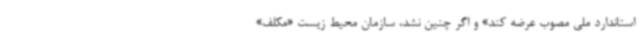
استاندارد ملی مصوب عرضه کند» و اگر چنین نشد، سازمان محیط‌ زیست «مکلف»